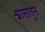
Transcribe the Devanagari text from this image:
श्वासातून